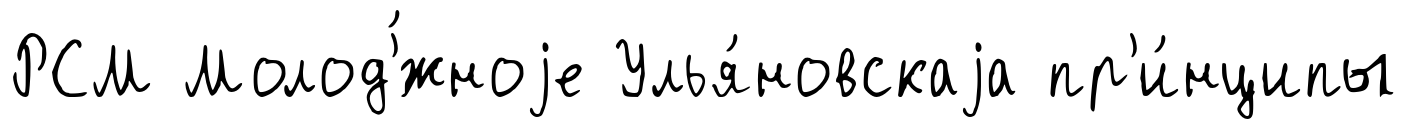
РСМ Молод'́жноjе Улья́новскаjа пр'и́нципы